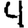
Digit: 4